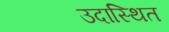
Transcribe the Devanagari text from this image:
उदास्थित